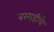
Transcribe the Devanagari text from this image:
बरगडीचे